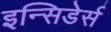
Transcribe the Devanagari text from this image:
इन्सिडेर्स